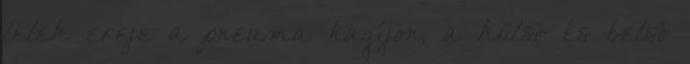
lélek ereje a pneuma hagíjon, a külső és belső